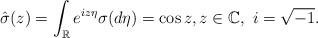
LaTeX: \begin{align*} \hat{\sigma}(z)=\int_{\mathbb{R}}e^{iz\eta}\sigma(d\eta) = \cos z, z \in \mathbb{C}, \ i=\sqrt{-1}. \end{align*}